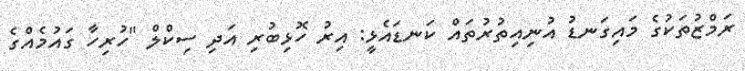
ރަމްޒުތަކުގެ މައިގަނޑު އުނިއިތުރުތައް ކަނޑައެޅީ: އިރު ހޮޅިބުރި އަދި ސިކްލް "ހުރިހާ ގައުމެއްގެ